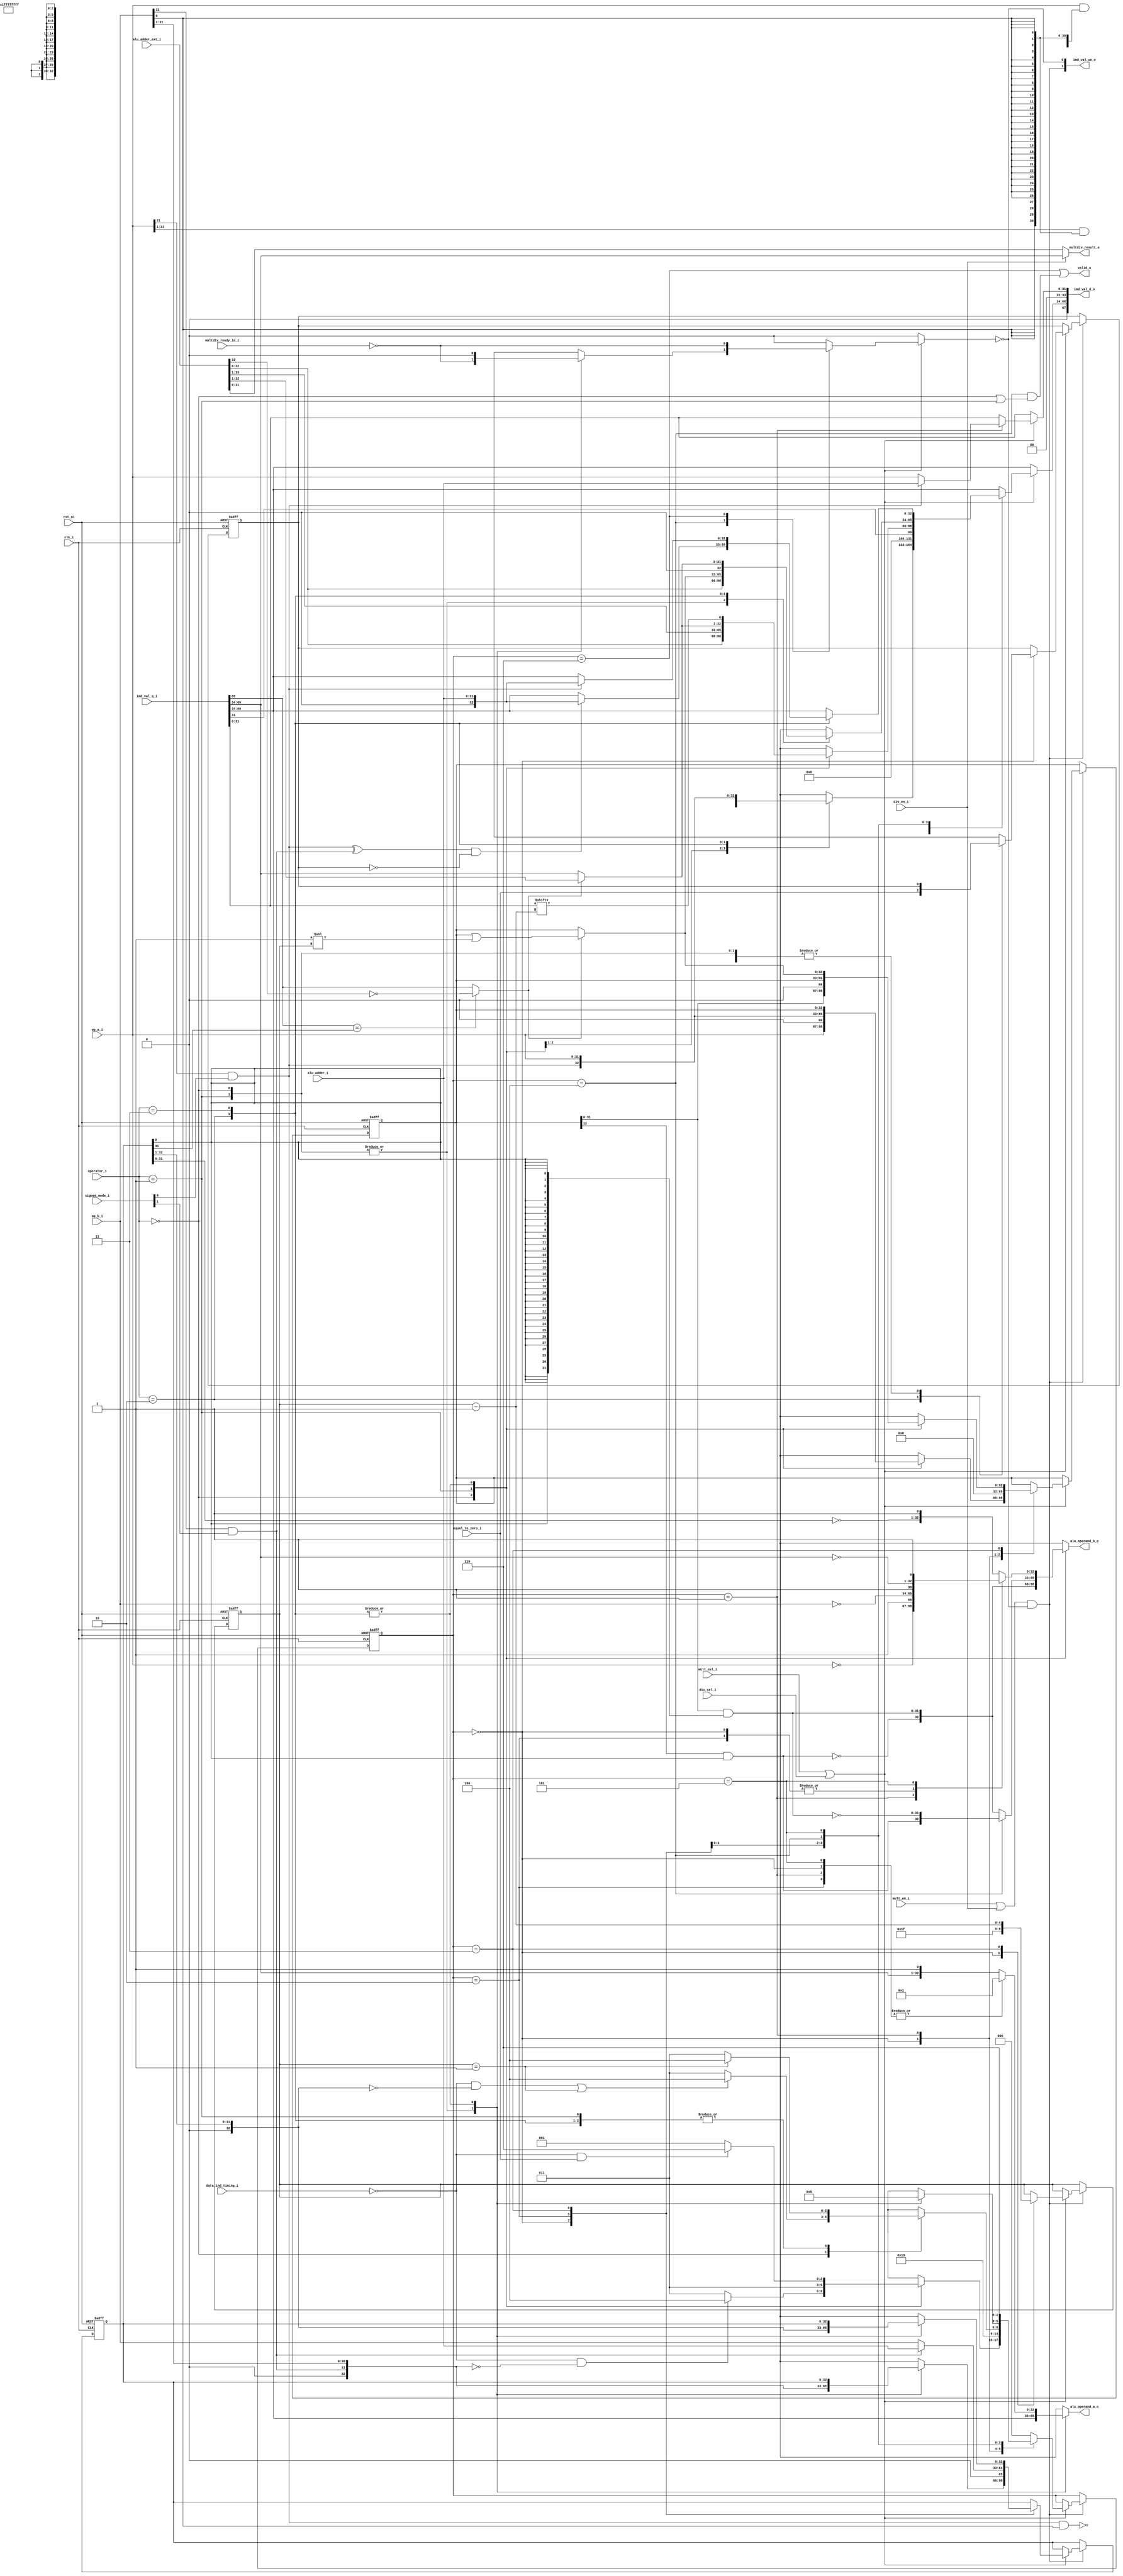
module ibex_multdiv_slow (
	clk_i,
	rst_ni,
	mult_en_i,
	div_en_i,
	mult_sel_i,
	div_sel_i,
	operator_i,
	signed_mode_i,
	op_a_i,
	op_b_i,
	alu_adder_ext_i,
	alu_adder_i,
	equal_to_zero_i,
	data_ind_timing_i,
	alu_operand_a_o,
	alu_operand_b_o,
	imd_val_q_i,
	imd_val_d_o,
	imd_val_we_o,
	multdiv_ready_id_i,
	multdiv_result_o,
	valid_o
);
	input wire clk_i;
	input wire rst_ni;
	input wire mult_en_i;
	input wire div_en_i;
	input wire mult_sel_i;
	input wire div_sel_i;
	input wire [1:0] operator_i;
	input wire [1:0] signed_mode_i;
	input wire [31:0] op_a_i;
	input wire [31:0] op_b_i;
	input wire [33:0] alu_adder_ext_i;
	input wire [31:0] alu_adder_i;
	input wire equal_to_zero_i;
	input wire data_ind_timing_i;
	output reg [32:0] alu_operand_a_o;
	output reg [32:0] alu_operand_b_o;
	input wire [67:0] imd_val_q_i;
	output wire [67:0] imd_val_d_o;
	output wire [1:0] imd_val_we_o;
	input wire multdiv_ready_id_i;
	output wire [31:0] multdiv_result_o;
	output wire valid_o;
	reg [2:0] md_state_q;
	reg [2:0] md_state_d;
	wire [32:0] accum_window_q;
	reg [32:0] accum_window_d;
	wire unused_imd_val0;
	wire [1:0] unused_imd_val1;
	wire [32:0] res_adder_l;
	wire [32:0] res_adder_h;
	reg [4:0] multdiv_count_q;
	reg [4:0] multdiv_count_d;
	reg [32:0] op_b_shift_q;
	reg [32:0] op_b_shift_d;
	reg [32:0] op_a_shift_q;
	reg [32:0] op_a_shift_d;
	wire [32:0] op_a_ext;
	wire [32:0] op_b_ext;
	wire [32:0] one_shift;
	wire [32:0] op_a_bw_pp;
	wire [32:0] op_a_bw_last_pp;
	wire [31:0] b_0;
	wire sign_a;
	wire sign_b;
	wire [32:0] next_quotient;
	wire [31:0] next_remainder;
	wire [31:0] op_numerator_q;
	reg [31:0] op_numerator_d;
	wire is_greater_equal;
	wire div_change_sign;
	wire rem_change_sign;
	reg div_by_zero_d;
	reg div_by_zero_q;
	reg multdiv_hold;
	wire multdiv_en;
	assign res_adder_l = alu_adder_ext_i[32:0];
	assign res_adder_h = alu_adder_ext_i[33:1];
	assign imd_val_d_o[34+:34] = {1'b0, accum_window_d};
	assign imd_val_we_o[0] = ~multdiv_hold;
	assign accum_window_q = imd_val_q_i[66-:33];
	assign unused_imd_val0 = imd_val_q_i[67];
	assign imd_val_d_o[0+:34] = {2'b00, op_numerator_d};
	assign imd_val_we_o[1] = multdiv_en;
	assign op_numerator_q = imd_val_q_i[31-:32];
	assign unused_imd_val1 = imd_val_q_i[33-:2];
	always @(*) begin
		alu_operand_a_o = accum_window_q;
		case (operator_i)
			2'd0: alu_operand_b_o = op_a_bw_pp;
			2'd1: alu_operand_b_o = (md_state_q == 3'd4 ? op_a_bw_last_pp : op_a_bw_pp);
			2'd2, 2'd3:
				case (md_state_q)
					3'd0: begin
						alu_operand_a_o = 33'b000000000000000000000000000000001;
						alu_operand_b_o = {~op_b_i, 1'b1};
					end
					3'd1: begin
						alu_operand_a_o = 33'b000000000000000000000000000000001;
						alu_operand_b_o = {~op_a_i, 1'b1};
					end
					3'd2: begin
						alu_operand_a_o = 33'b000000000000000000000000000000001;
						alu_operand_b_o = {~op_b_i, 1'b1};
					end
					3'd5: begin
						alu_operand_a_o = 33'b000000000000000000000000000000001;
						alu_operand_b_o = {~accum_window_q[31:0], 1'b1};
					end
					default: begin
						alu_operand_a_o = {accum_window_q[31:0], 1'b1};
						alu_operand_b_o = {~op_b_shift_q[31:0], 1'b1};
					end
				endcase
			default: begin
				alu_operand_a_o = accum_window_q;
				alu_operand_b_o = {~op_b_shift_q[31:0], 1'b1};
			end
		endcase
	end
	assign b_0 = {32 {op_b_shift_q[0]}};
	assign op_a_bw_pp = {~(op_a_shift_q[32] & op_b_shift_q[0]), op_a_shift_q[31:0] & b_0};
	assign op_a_bw_last_pp = {op_a_shift_q[32] & op_b_shift_q[0], ~(op_a_shift_q[31:0] & b_0)};
	assign sign_a = op_a_i[31] & signed_mode_i[0];
	assign sign_b = op_b_i[31] & signed_mode_i[1];
	assign op_a_ext = {sign_a, op_a_i};
	assign op_b_ext = {sign_b, op_b_i};
	assign is_greater_equal = (accum_window_q[31] == op_b_shift_q[31] ? ~res_adder_h[31] : accum_window_q[31]);
	assign one_shift = 33'b000000000000000000000000000000001 << multdiv_count_q;
	assign next_remainder = (is_greater_equal ? res_adder_h[31:0] : accum_window_q[31:0]);
	assign next_quotient = (is_greater_equal ? op_a_shift_q | one_shift : op_a_shift_q);
	assign div_change_sign = (sign_a ^ sign_b) & ~div_by_zero_q;
	assign rem_change_sign = sign_a;
	always @(*) begin
		multdiv_count_d = multdiv_count_q;
		accum_window_d = accum_window_q;
		op_b_shift_d = op_b_shift_q;
		op_a_shift_d = op_a_shift_q;
		op_numerator_d = op_numerator_q;
		md_state_d = md_state_q;
		multdiv_hold = 1'b0;
		div_by_zero_d = div_by_zero_q;
		if (mult_sel_i || div_sel_i)
			case (md_state_q)
				3'd0: begin
					case (operator_i)
						2'd0: begin
							op_a_shift_d = op_a_ext << 1;
							accum_window_d = {~(op_a_ext[32] & op_b_i[0]), op_a_ext[31:0] & {32 {op_b_i[0]}}};
							op_b_shift_d = op_b_ext >> 1;
							md_state_d = (!data_ind_timing_i && ((op_b_ext >> 1) == 0) ? 3'd4 : 3'd3);
						end
						2'd1: begin
							op_a_shift_d = op_a_ext;
							accum_window_d = {1'b1, ~(op_a_ext[32] & op_b_i[0]), op_a_ext[31:1] & {31 {op_b_i[0]}}};
							op_b_shift_d = op_b_ext >> 1;
							md_state_d = 3'd3;
						end
						2'd2: begin
							accum_window_d = {33 {1'b1}};
							md_state_d = (!data_ind_timing_i && equal_to_zero_i ? 3'd6 : 3'd1);
							div_by_zero_d = equal_to_zero_i;
						end
						2'd3: begin
							accum_window_d = op_a_ext;
							md_state_d = (!data_ind_timing_i && equal_to_zero_i ? 3'd6 : 3'd1);
						end
						default:
							;
					endcase
					multdiv_count_d = 5'd31;
				end
				3'd1: begin
					op_a_shift_d = 1'sb0;
					op_numerator_d = (sign_a ? alu_adder_i : op_a_i);
					md_state_d = 3'd2;
				end
				3'd2: begin
					accum_window_d = {32'h00000000, op_numerator_q[31]};
					op_b_shift_d = (sign_b ? {1'b0, alu_adder_i} : {1'b0, op_b_i});
					md_state_d = 3'd3;
				end
				3'd3: begin
					multdiv_count_d = multdiv_count_q - 5'h01;
					case (operator_i)
						2'd0: begin
							accum_window_d = res_adder_l;
							op_a_shift_d = op_a_shift_q << 1;
							op_b_shift_d = op_b_shift_q >> 1;
							md_state_d = ((!data_ind_timing_i && (op_b_shift_d == 0)) || (multdiv_count_q == 5'd1) ? 3'd4 : 3'd3);
						end
						2'd1: begin
							accum_window_d = res_adder_h;
							op_a_shift_d = op_a_shift_q;
							op_b_shift_d = op_b_shift_q >> 1;
							md_state_d = (multdiv_count_q == 5'd1 ? 3'd4 : 3'd3);
						end
						2'd2, 2'd3: begin
							accum_window_d = {next_remainder[31:0], op_numerator_q[multdiv_count_d]};
							op_a_shift_d = next_quotient;
							md_state_d = (multdiv_count_q == 5'd1 ? 3'd4 : 3'd3);
						end
						default:
							;
					endcase
				end
				3'd4:
					case (operator_i)
						2'd0: begin
							accum_window_d = res_adder_l;
							md_state_d = 3'd0;
							multdiv_hold = ~multdiv_ready_id_i;
						end
						2'd1: begin
							accum_window_d = res_adder_l;
							md_state_d = 3'd0;
							md_state_d = 3'd0;
							multdiv_hold = ~multdiv_ready_id_i;
						end
						2'd2: begin
							accum_window_d = next_quotient;
							md_state_d = 3'd5;
						end
						2'd3: begin
							accum_window_d = {1'b0, next_remainder[31:0]};
							md_state_d = 3'd5;
						end
						default:
							;
					endcase
				3'd5: begin
					md_state_d = 3'd6;
					case (operator_i)
						2'd2: accum_window_d = (div_change_sign ? {1'b0, alu_adder_i} : accum_window_q);
						2'd3: accum_window_d = (rem_change_sign ? {1'b0, alu_adder_i} : accum_window_q);
						default:
							;
					endcase
				end
				3'd6: begin
					md_state_d = 3'd0;
					multdiv_hold = ~multdiv_ready_id_i;
				end
				default: md_state_d = 3'd0;
			endcase
	end
	assign multdiv_en = (mult_en_i | div_en_i) & ~multdiv_hold;
	always @(posedge clk_i or negedge rst_ni)
		if (!rst_ni) begin
			multdiv_count_q <= 5'h00;
			op_b_shift_q <= 33'h000000000;
			op_a_shift_q <= 33'h000000000;
			md_state_q <= 3'd0;
			div_by_zero_q <= 1'b0;
		end
		else if (multdiv_en) begin
			multdiv_count_q <= multdiv_count_d;
			op_b_shift_q <= op_b_shift_d;
			op_a_shift_q <= op_a_shift_d;
			md_state_q <= md_state_d;
			div_by_zero_q <= div_by_zero_d;
		end
	assign valid_o = (md_state_q == 3'd6) | ((md_state_q == 3'd4) & ((operator_i == 2'd0) | (operator_i == 2'd1)));
	assign multdiv_result_o = (div_en_i ? accum_window_q[31:0] : res_adder_l[31:0]);
endmodule